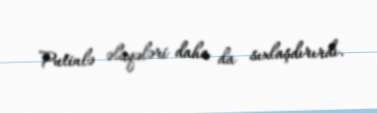
Putinlə əlaqələri daha da sıxlaşdırırdı.